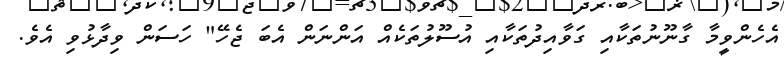
އެހެންވީމާ ގާނޫނުތަކާއި ގަވާއިދުތަކާއި އުސޫލުތަކެއް އަންނަން އެބަ ޖެހޭ" ހަސަން ވިދާޅުވި އެވެ.